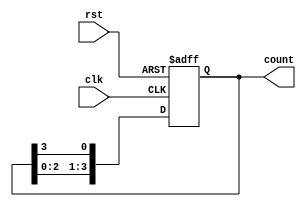
module ring_counter (
    input wire clk,
    input wire rst,
    output reg [3:0] count // 4-bit output representing the state
);

// State initialization on reset
always @(posedge clk or posedge rst) begin
    if (rst) begin
        count <= 4'b1000; // Initial state is `1000`
    end else begin
        // Shift the '1' to the right
        count <= {count[2:0], count[3]}; // Circular shift
    end
end

endmodule